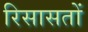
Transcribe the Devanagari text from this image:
रिसासतों